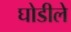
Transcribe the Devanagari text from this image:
घोडीले